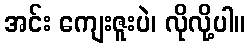
အင်း ကျေးဇူးပဲ၊ လိုလို့ပါ။